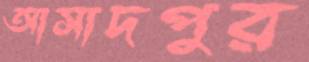
আসাদপুর